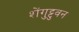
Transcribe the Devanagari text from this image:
शेंगुट्टुवन